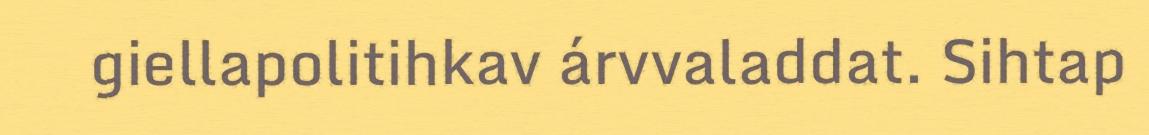
giellapolitihkav árvvaladdat. Sihtap